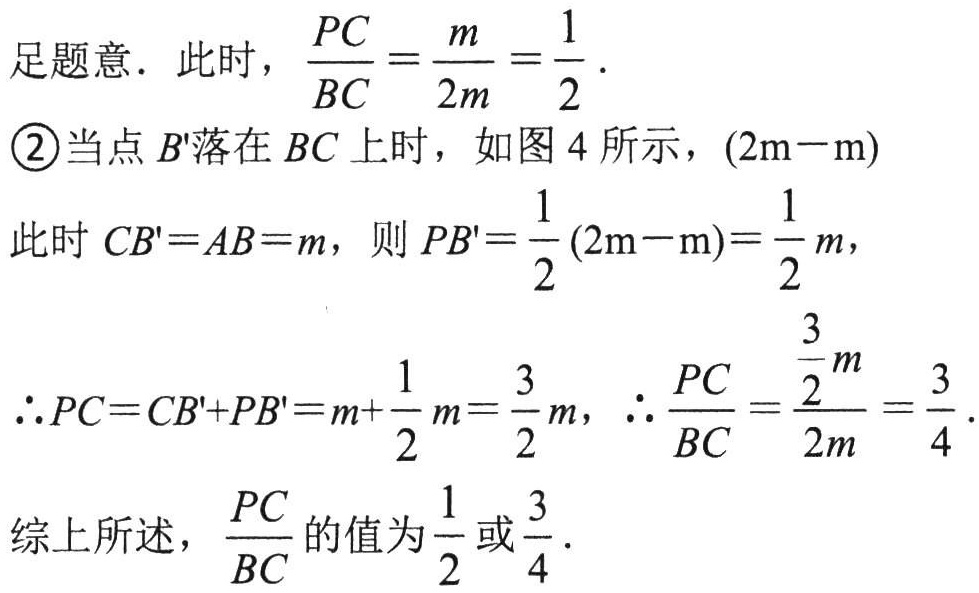
足题意．此时，\(\frac{PC}{BC}=\frac{m}{2m}=\frac{1}{2}\)．
\textcircled{2}当点\(B'\)落在\(BC\)上时，如图\(4\)所示，\((2\text{m}-\text{m})\)
此时\(CB' = AB = m\)，则\(PB'=\frac{1}{2}(2\text{m}-\text{m})=\frac{1}{2}m\)，
\(\therefore PC = CB'+PB'=m + \frac{1}{2}m=\frac{3}{2}m\)，\(\therefore\frac{PC}{BC}=\frac{\frac{3}{2}m}{2m}=\frac{3}{4}\)．
综上所述，\(\frac{PC}{BC}\)的值为\(\frac{1}{2}\)或\(\frac{3}{4}\)．